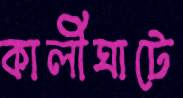
কালীঘাটে